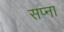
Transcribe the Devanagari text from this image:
सप्ना